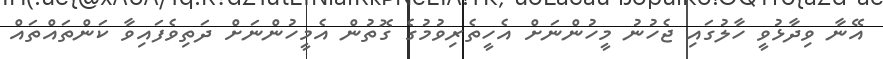
އޭނާ ވިދާޅުވީ ހާލުގައި ޖެހުނު މީހުންނަށް އެހީތެރިވުމުގެ ގޮތުން އެމީހުންނަށް ދަތިވެފައިވާ ކަންތައްތައް